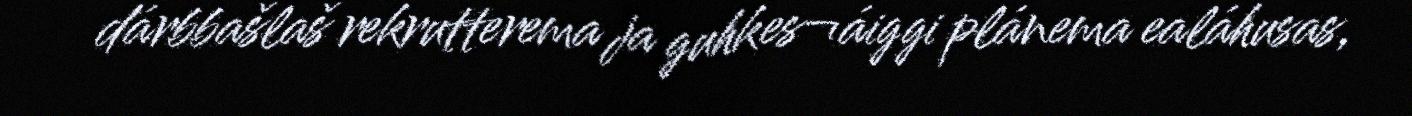
dárbbašlaš rekrutterema ja guhkes¬áiggi plánema ealáhusas,